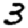
Digit: 3